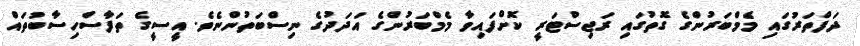
ދަފްތަރުގައި މެމްބަރުންގެ ގޮތުގައި ރަޖިސްޓަރީ ކޮށްފައިވާ މެމްބަރުންގެ އަދަދުގެ ނިސްބަތުންނެވެ. އީސީގެ ތަފާސްހިސާބުތައް